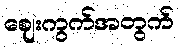
ဈေးကွက်အတွက်